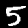
Digit: 5